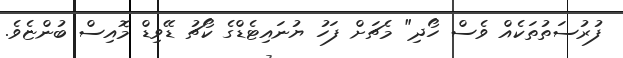
ފުރުސަތުތަކެއް ވެސް ހޯދި" މެޗަށް ފަހު ޔުނައިޓެޑްގެ ކޯޗު ޑޭވިޑް މޮއިސް ބުންޏެވެ.